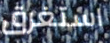
استغرق